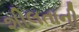
શીલતાની